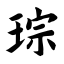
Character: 琮